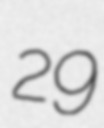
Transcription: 29